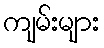
ကျမ်းများ